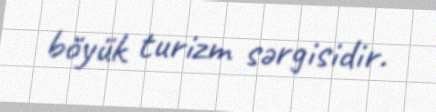
böyük turizm sərgisidir.